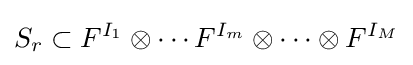
S_{r}\subset F^{I_{1}}\otimes \cdots F^{I_{m}}\otimes \cdots \otimes F^{I_{M}}